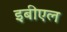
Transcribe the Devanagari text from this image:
इबीएल